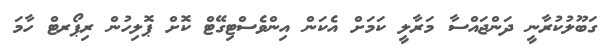
ގަބޫލުކުރާނީ ދަންޖައްސާ މަރާލީ ކަމަށް އެކަން އިންވެސްޓިގޭޓް ކޮށް ޕޮލިހުން ރިޕޯރޓް ހާމަ